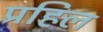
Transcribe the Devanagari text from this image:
प्रहिल